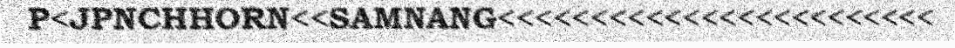
P<JPNCHHORN<<SAMNANG<<<<<<<<<<<<<<<<<<<<<<<<